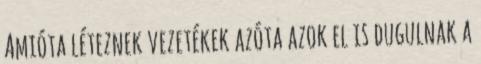
Amióta léteznek vezetékek azóta azok el is dugulnak a